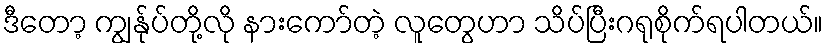
ဒီတော့ ကျွန်ုပ်တို့လို နားကော်တဲ့ လူတွေဟာ သိပ်ပြီးဂရုစိုက်ရပါတယ်။